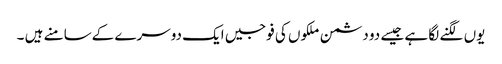
یوں لگنے لگا ہے جیسے دو دشمن ملکوں کی فوجیں ایک دوسرے کےسامنے ہیں ۔